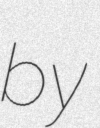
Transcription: by